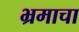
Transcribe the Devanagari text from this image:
भ्रमाचा